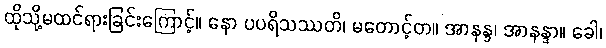
ထိုသို့မထင်ရားခြင်းကြောင့်။ နော ပပရိသဿတိ၊ မတောင့်တ။ အာနန္ဒ၊ အာနန္ဒာ။ ခေါ၊